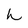
Character: h